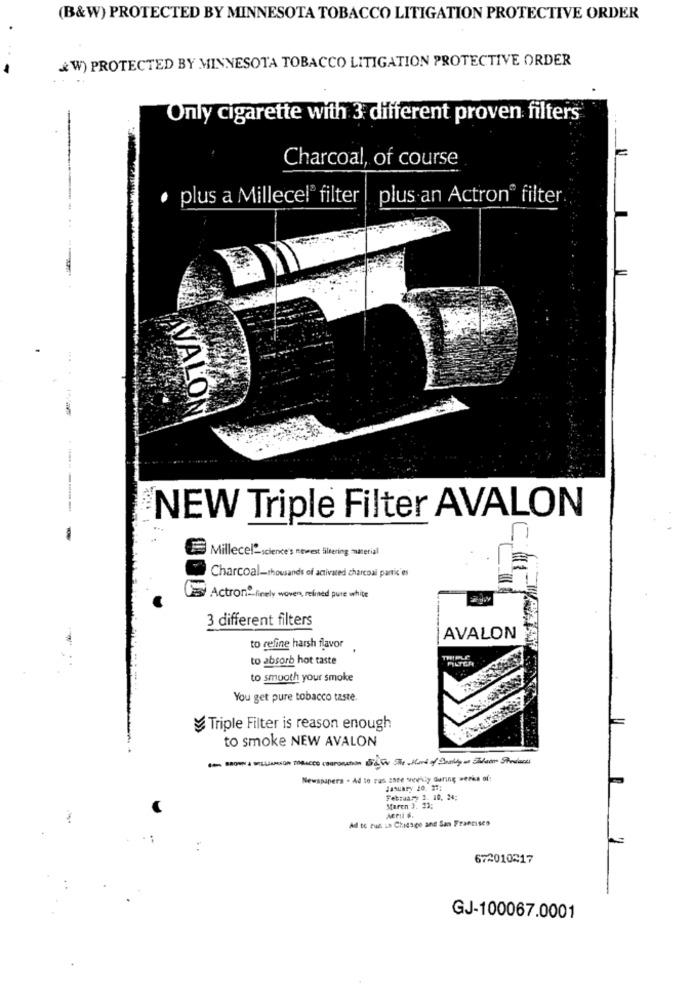
(B&W) PROTECTED BY MINNESOTA TOBACCO LITIGATION PROTECTIVE ORDER
W) PROTECTED BY MINNESOTA TOBACCO LITIGATION PROTECTIVE ORDER
Only cigarette with 3 different proven filters
Charcoal, of course
plus a Millecel® filter
plus an Actron® filter
AVALOM
------
NEW Triple Filter AVALON
-
Millecel-science's newest filtering material
Charcoal-thousands of activated charcoal partic es
El Actron finely woven, refined pure white
3 different filters
AVALON
to refine harsh flavor
to absorb hot taste
FILTER
to smooth your smoke
You get pure tobacco taste.
Triple Filter is reason enough
to smoke NEW AVALON
Newspapers . Ad to rus ance sevily during werks of:
February 3. 10. 24;
Maren 3. 23:
Add te rue is Chesge and San Francisco
672010317
GJ-100067.0001